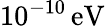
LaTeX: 10^{-10}\, \mathrm{eV}